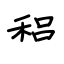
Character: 稆